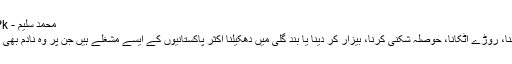
محمد سلیم - Daleel.Pk
ٹانگ کھینچنا، روڑے اٹکانا، حوصلہ شکنی کرنا، بیزار کر دینا یا بند گلی میں دھکیلنا اکثر پاکستانیوں کے ایسے مشغلے ہیں جن پر وہ نادم بھی نہیں ہوتے ۔